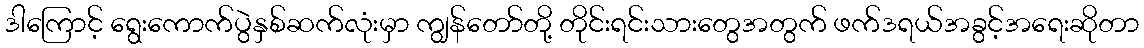
ဒါကြောင့် ရွေးကောက်ပွဲနှစ်ဆက်လုံးမှာ ကျွန်တော်တို့ တိုင်းရင်းသားတွေအတွက် ဖက်ဒရယ်အခွင့်အရေးဆိုတာ